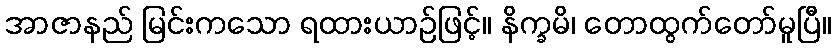
အာဇာနည် မြင်းကသော ရထားယာဉ်ဖြင့်။ နိက္ခမိ၊ တောထွက်တော်မူပြီ။